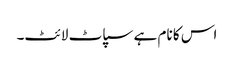
اس کا نام ہے سپاٹ لائٹ۔